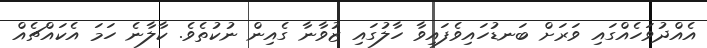
އެއްދުވަހެއްގައި ވަރަށް ބަނޑުހައިވެފައިވާ ހާލުގައި ޒުވާނާ ގެއިން ނުކުތެވެ. ކާލާނެ ހަމަ އެކައްޗެއް